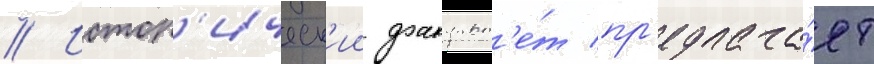
// Истор'ическ'ии факульт'е́т пр'едлага́ет